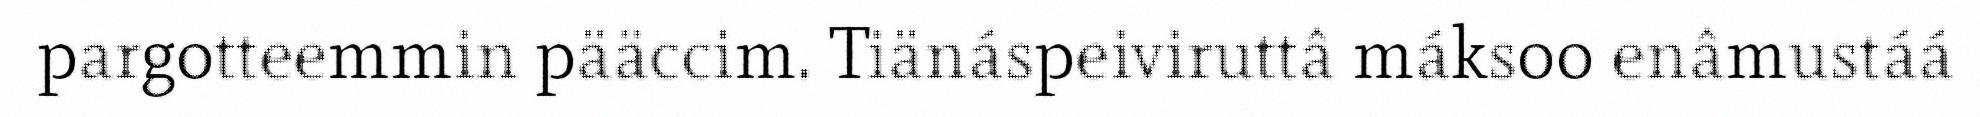
pargotteemmin pääccim. Tiänáspeiviruttâ máksoo enâmustáá